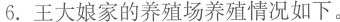
6.王大娘家的养殖场养殖情况如下。